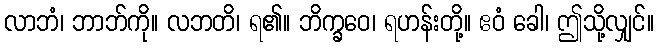
လာဘံ၊ ဘာဘ်ကို။ လဘတိ၊ ရ၏။ ဘိက္ခဝေ၊ ရဟန်းတို့။ ဧဝံ ခေါ၊ ဤသို့လျှင်။